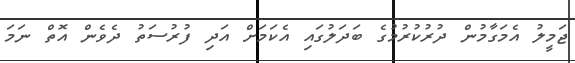
ޖަމީލު އެމަގާމުން ދުރުކުރުމުގެ ބަދަލުގައި އެކަމަށް އަދި ފުރުސަތު ދެވެން އޮތް ނަމަ